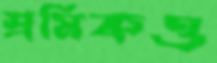
শ্রমিকও